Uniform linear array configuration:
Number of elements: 64
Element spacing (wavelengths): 1
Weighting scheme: uniform
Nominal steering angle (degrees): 60
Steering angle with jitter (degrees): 58.439
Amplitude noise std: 0.05
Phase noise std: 0.05

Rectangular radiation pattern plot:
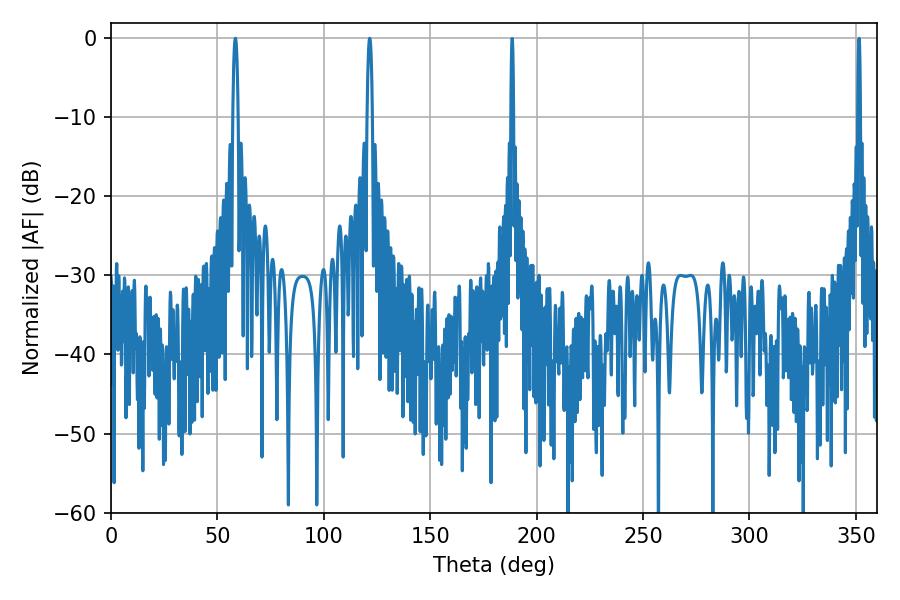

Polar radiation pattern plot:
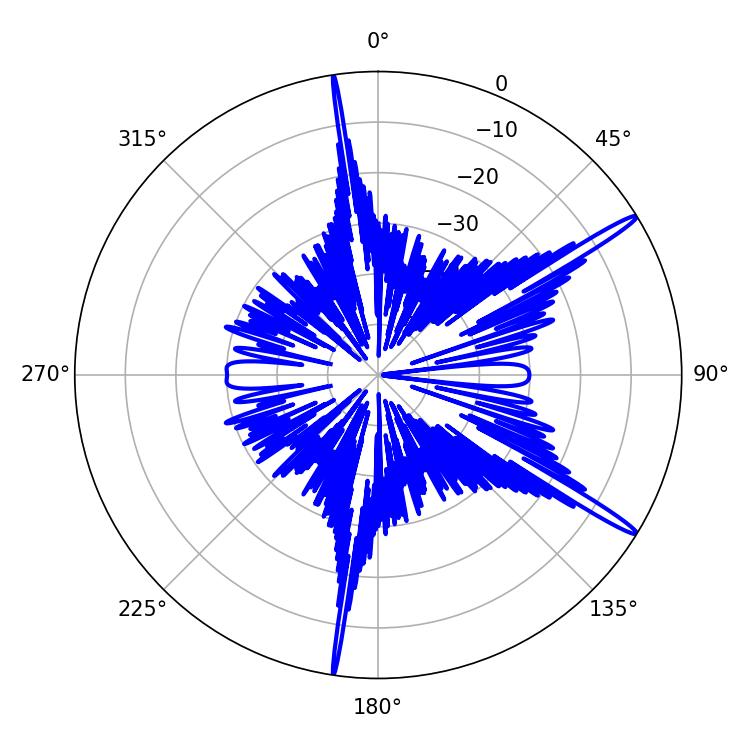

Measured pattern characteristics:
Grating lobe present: TRUE
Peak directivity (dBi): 16.382
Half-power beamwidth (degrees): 1.26
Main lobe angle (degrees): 58.5